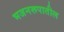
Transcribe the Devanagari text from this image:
भजनरूपातील